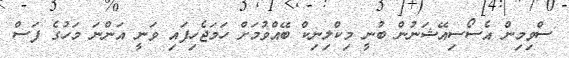
ސްވިމިން އެސޯސިއޭޝަނުން ބުނީ މިކްލިނިކް ބޭއްވުމަށް ހަމަޖެހިފައި ވަނީ އަންނަ މަހުގެ ފަސް